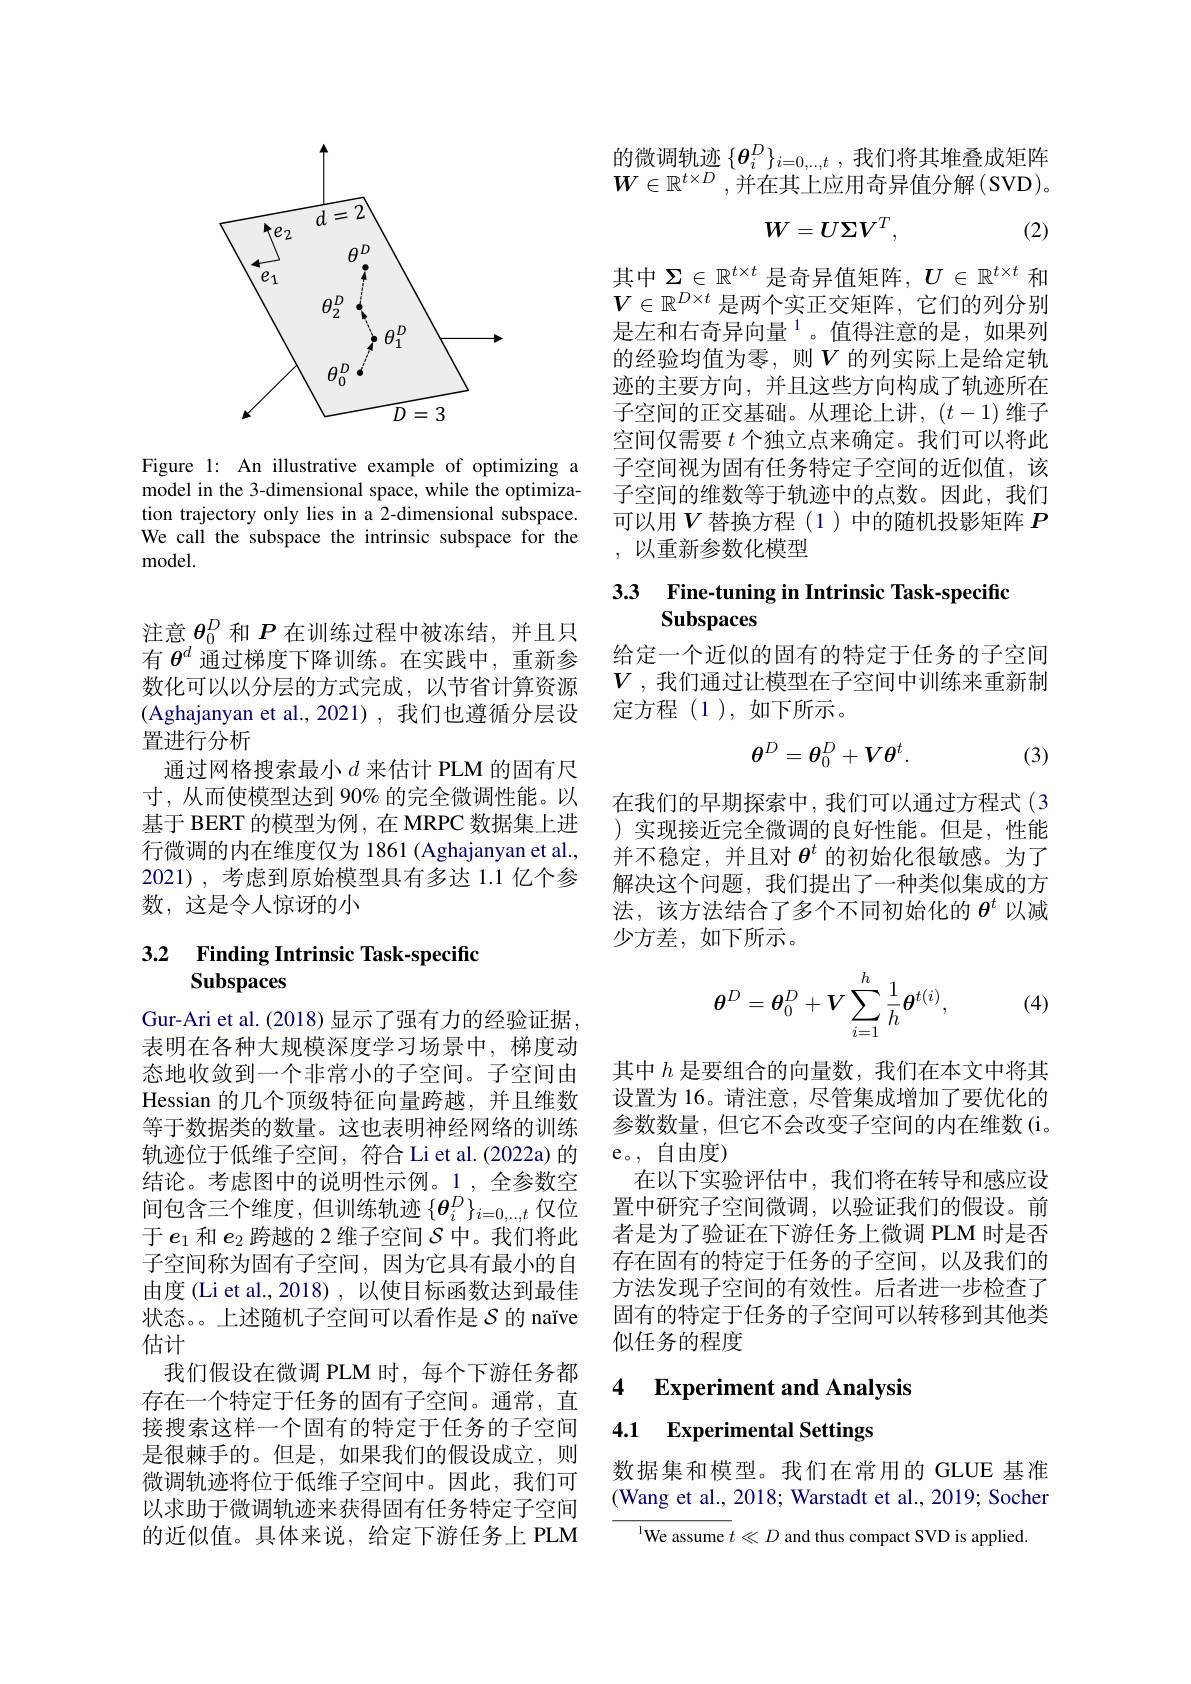
<FigureHere>

Figure 1: An illustrative example of optimizing a model in the 3-dimensional space, while the optimization trajectory only lies in a 2-dimensional subspace. We call the subspace the intrinsic subspace for the ${\mathrm{model}}.$

注意$\theta_{0}^{D}$和$P$在训练过程中被冻结，并且只有$\theta^d$通过梯度下降训练。在实践中，重新参数化可以以分层的方式完成，以节省计算资源(Aghajanyan et al.,2021),我们也遵循分层设置进行分析
通过网格搜索最小$d$ 来估计 PLM 的固有尺寸，从而使模型达到 90% 的完全微调性能。以基于 BERT 的模型为例，在 MRPC 数据集上进行微调的内在维度仅为 1861 (Aghajanyan et al., 2021),考虑到原始模型具有多达 1.1 亿个参数，这是令人惊讶的小

## 3.2 Finding Intrinsic Task-specific Subspaces

Gur-Ari et al. (2018) 显示了强有力的经验证据， 表明在各种大规模深度学习场景中，梯度动态地收敛到一个非常小的子空间。子空间由Hessian 的几个顶级特征向量跨越，并且维数等于数据类的数量。这也表明神经网络的训练轨迹位于低维子空间，符合 Li et al. (2022a) 的结论。考虑图中的说明性示例。1,全参数空间包含三个维度，但训练轨迹$\{\boldsymbol{\theta}_i^D\}_{i=0,...,t}$仅位于$e_1$和$e_2$跨越的 2 维子空间$\mathcal{S}$中。我们将此子空间称为固有子空间，因为它具有最小的自由度 (Li et al., 2018) , 以使目标函数达到最佳状态。上述随机子空间可以看作是$\mathcal{S}$的 naïve 估计
我们假设在微调 PLM 时，每个下游任务都存在一个特定于任务的固有子空间。通常，直接搜索这样一个固有的特定于任务的子空间是很棘手的。但是，如果我们的假设成立，则微调轨迹将位于低维子空间中。因此，我们可以求助于微调轨迹来获得固有任务特定子空间的近似值。具体来说，给定下游任务上 PLM

的微调轨迹$\{\boldsymbol{\theta}_i^D\}_{i=0,\ldots,t}$,我们将其堆叠成矩阵$W\in\mathbb{R}^{t\times D}$,并在其上应用奇异值分解(SVD)。
$$W=U\Sigma V^T,$$
(2)

其中$\Sigma\in\mathbb{R}^t\times t$是奇异值矩阵，$U\in\mathbb{R}^t\times t$和$V\in\mathbb{R}^{D\times t}$是两个实正交矩阵，它们的列分别是左和右奇异向量$^1$。值得注意的是，如果列的经验均值为零，则$V$ 的列实际上是给定轨迹的主要方向，并且这些方向构成了轨迹所在子空间的正交基础。从理论上讲，$(t-1)$维子空间仅需要$t$个独立点来确定。我们可以将此子空间视为固有任务特定子空间的近似值，该子空间的维数等于轨迹中的点数。因此，我们可以用$V$ 替换方程(1)中的随机投影矩阵 $P$ ,以重新参数化模型

# 3.3 Fine-tuning in Intrinsic Task-specific Subspaces

给定一个近似的固有的特定于任务的子空间$V$ ,我们通过让模型在子空间中训练来重新制定方程(1),如下所示。
$$\theta^D=\theta_0^D+V\theta^t.$$
(3)

在我们的早期探索中，我们可以通过方程式(3 )实现接近完全微调的良好性能。但是，性能并不稳定，并且对$\theta^t$的初始化很敏感。为了解决这个问题，我们提出了一种类似集成的方法，该方法结合了多个不同初始化的$\theta^t$以减少方差，如下所示。

(4)
$$\boldsymbol{\theta}^{D}=\boldsymbol{\theta}_{0}^{D}+\boldsymbol{V}\sum_{i=1}^{h}\frac{1}{h}\boldsymbol{\theta}^{t(i)},$$
其中$h$是要组合的向量数，我们在本文中将其设置为 16。请注意，尽管集成增加了要优化的参数数量，但它不会改变子空间的内在维数(i。e。,自由度)
在以下实验评估中，我们将在转导和感应设置中研究子空间微调，以验证我们的假设。前者是为了验证在下游任务上微调 PLM 时是否存在固有的特定于任务的子空间，以及我们的方法发现子空间的有效性。后者进一步检查了固有的特定于任务的子空间可以转移到其他类似任务的程度

4 $\textbf{Experiment and Analvsis}$

# 4.1 Experimental Settings

数据集和模型。我们在常用的 GLUE 基准(Wang et al., 2018; Warstadt et al., 2019; Socher

$^{\text{l}}$We assume $t\ll D$ and thus compact SVD is applied